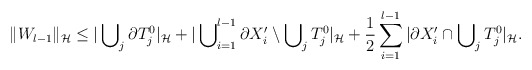
\begin{align*}\Vert W_{l-1}\Vert_{\cal H} \le |\bigcup\nolimits_{j} \partial T^0_{j} |_{\cal H} + |\bigcup\nolimits^{l-1}_{i=1} \partial X_i' \setminus \bigcup\nolimits_j T^{0}_j|_{\cal H} + \frac{1}{2}\sum^{l-1}_{i=1}|\partial X_i' \cap \bigcup\nolimits_{j} T^{0}_j|_{\cal H}.\end{align*}